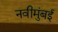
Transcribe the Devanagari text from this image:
नवीमुंबई